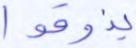
يذوقوا